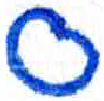
אות: ס